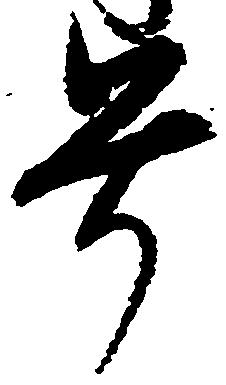
号